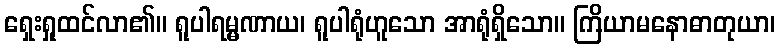
ရှေးရှုထင်လာ၏။ ရူပါရမ္မဏာယ၊ ရူပါရုံဟူသော အာရုံရှိသော။ ကြိယာမနောဓာတုယာ၊